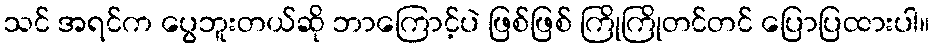
သင် အရင်က ပွေဘူးတယ်ဆို ဘာကြောင့်ပဲ ဖြစ်ဖြစ် ကြိုကြိုတင်တင် ပြောပြထားပါ။